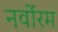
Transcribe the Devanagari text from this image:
नर्वोरम